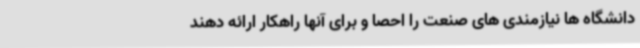
دانشگاه ها نیازمندی های صنعت را احصا و برای آنها راهکار ارائه دهند